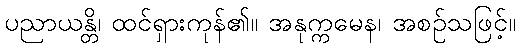
ပညာယန္တိ၊ ထင်ရှားကုန်၏။ အနုက္ကမေန၊ အစဉ်သဖြင့်။